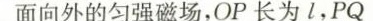
面向外的匀强磁场，OP长为l，PQ